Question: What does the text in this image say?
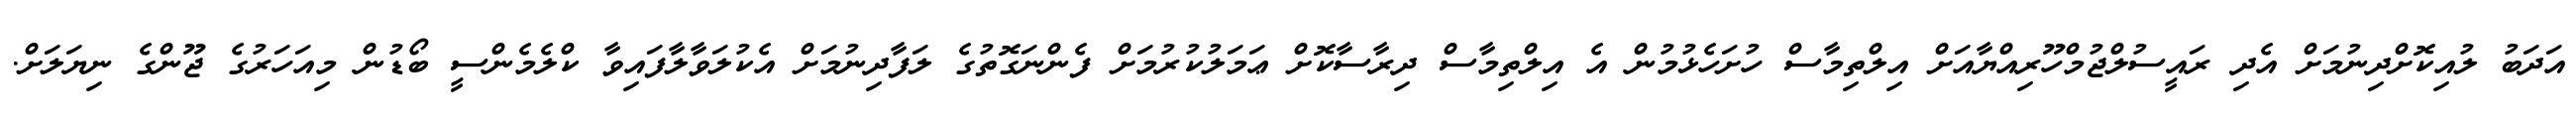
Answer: އަދަބު ލުއިކޮށްދިނުމަށް އެދި ރައީސުލްޖުމްހޫރިއްޔާއަށް އިލްތިމާސް ހުށަހެޅުމުން އެ އިލްތިމާސް ދިރާސާކޮށް ޢަމަލުކުރުމަށް ފެންނަގޮތުގެ ލަފާދިނުމަށް އެކުލަވާލާފައިވާ ކްލެމެންސީ ބޯޑުން މިއަހަރުގެ ޖޫންގެ ނިޔަލަށް.